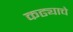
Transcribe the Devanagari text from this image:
कढ्याचे